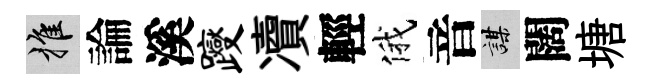
推論溪躞凟輕俄音謀闊塘